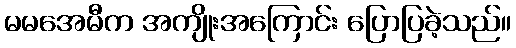
မမအေမီက အကျိုးအကြောင်း ပြောပြခဲ့သည်။